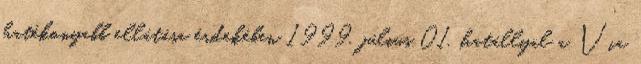
hatékonyabb ellátása érdekében 1999. július 01. hatállyal a Via